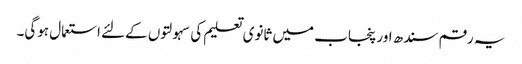
یہ رقم سندھ اور پنجاب میں ثانوی تعلیم کی سہولتوں کےلئے استعمال ہوگی۔